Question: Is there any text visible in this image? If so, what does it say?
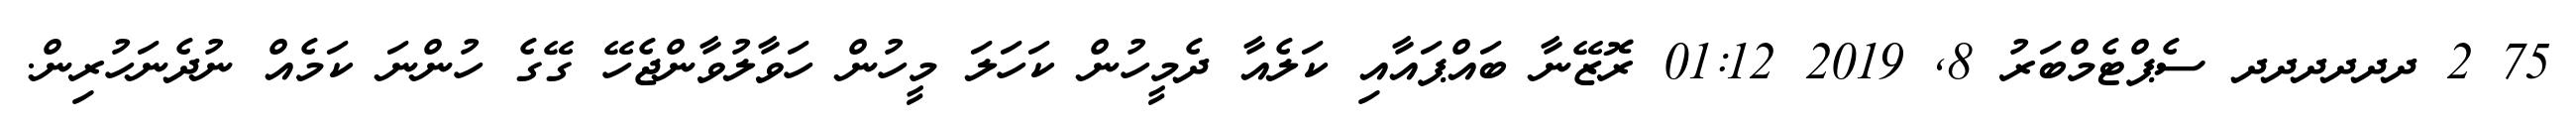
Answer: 75 2 ދދދދދދ ސެޕްޓެމްބަރު 8, 2019 01:12 ރޮޒޭނާ ބައްޕައާއި ކަލެއާ ދެމީހުން ކަހަލަ މީހުން ހަވާލުވާންޖެހޭ ގޭގެ ހުންނަ ކަމެއް ނުދެނަހުރިން.